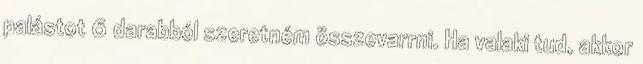
palástot 6 darabból szeretném összevarrni. Ha valaki tud, akkor